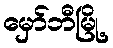
မှော်ဘီမြို့